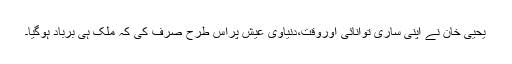
یحییٰ خان نے اپنی ساری توانائی اوروقت،دنیاوی عیش پراس طرح صَرف کی کہ ملک ہی برباد ہوگیا۔